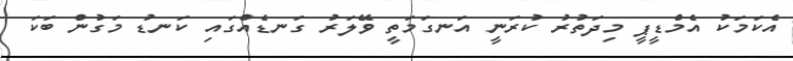
އެކަމަކު އެމްޑީޕީ މިދަތުރު ކުރަނީ އަނގަމަތީ ވޭލަރު ގަނޑެއްގައި ކަނޑު މަގުން ބަކަ